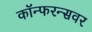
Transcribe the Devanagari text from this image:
कॉन्फरन्सवर